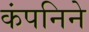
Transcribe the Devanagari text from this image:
कंपनिने